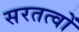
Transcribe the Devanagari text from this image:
सरतत्वों